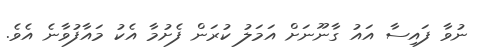
ނުވާ ފައިސާ އައު ގާނޫނަށް އަމަލު ކުރަން ފެށުމާ އެކު މައާފުވާނެ އެވެ.